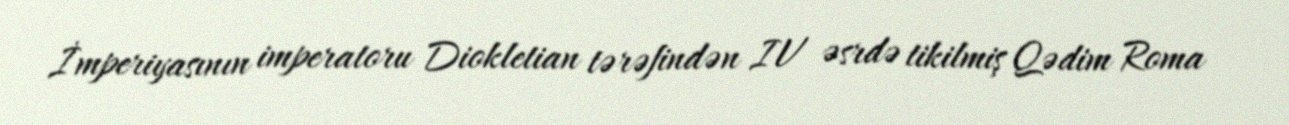
İmperiyasının imperatoru Diokletian tərəfindən IV əsrdə tikilmiş Qədim Roma